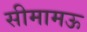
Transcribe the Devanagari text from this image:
सीमामऊ